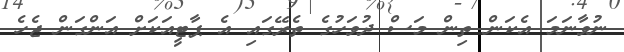
ނުވާނަމަ އެކަން ތިން މަސް ދުވަހުގެ ތެރޭގައި އެ ޕާޓީއަކަށް އަންގަން ޖެހެ